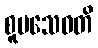
စူပသေဝတိ